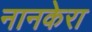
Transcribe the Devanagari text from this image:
नानकेरा